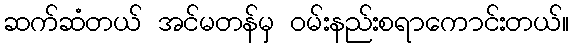
ဆက်ဆံတယ် အင်မတန်မှ ဝမ်းနည်းစရာကောင်းတယ်။